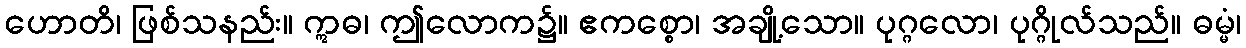
ဟောတိ၊ ဖြစ်သနည်း။ ဣဓ၊ ဤလောက၌။ ဧကစ္စော၊ အချို့သော။ ပုဂ္ဂလော၊ ပုဂ္ဂိုလ်သည်။ ဓမ္မံ၊